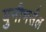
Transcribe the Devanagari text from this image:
युनीभर्सल